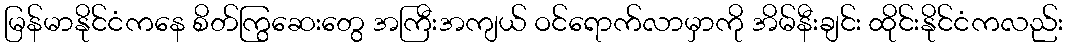
မြန်မာနိုင်ငံကနေ စိတ်ကြွဆေးတွေ အကြီးအကျယ် ဝင်ရောက်လာမှာကို အိမ်နီးချင်း ထိုင်းနိုင်ငံကလည်း